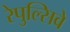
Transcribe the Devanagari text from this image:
रेपुल्सिवे